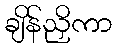
ချိန်ညှိကာ